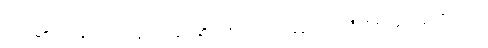
စကားမစပ် ကျွန်တော့်ရဲ့ လျှပ်စစ် မုတ်ဆိတ် ရိတ် စက် ကွန်ပျူတာ အဲဒီလိုဟာ မျိုး သုံးလို့မလား။